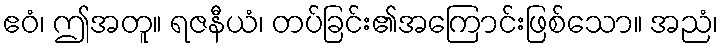
ဧဝံ၊ ဤအတူ။ ရဇနီယံ၊ တပ်ခြင်း၏အကြောင်းဖြစ်သော။ အညံ၊